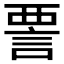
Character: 𫌺